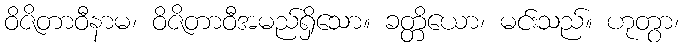
ဝိဇိတာဝီနာမ၊ ဝိဇိတာဝီအမည်ရှိသော။ ခတ္တိယော၊ မင်းသည်။ ဟုတွာ၊